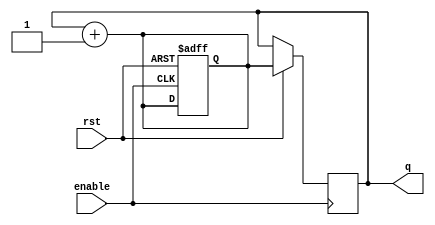
`timescale 1ns / 1ps
//////////////////////////////////////////////////////////////////////////////////
// Company: 
// Engineer: 
// 
// Design Name: 
// Module Name: leap_year_counter
// Project Name: 
// Target Devices: 
// Tool Versions: 
// Description: 
// 
// Dependencies: 
// 
// Revision:
// Revision 0.01 - File Created
// Additional Comments:
// 
//////////////////////////////////////////////////////////////////////////////////


module leap_year_counter(enable, rst, q);
    input enable, rst;
    output [1:0] q;
    reg [1:0] q;
    reg [1:0] q_temp;
    
    always @* begin
        q_temp = q + 1'b1;
    end
    
    always @(posedge enable or negedge rst) begin
        if(~rst)
            q_temp <= 4'd0;
        else
            q <= q_temp;
    end
endmodule